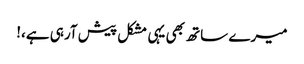
میرے ساتھ بھی یہی مشکل پیش آرہی ہے،!